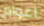
اعوام